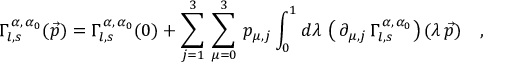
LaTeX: \Gamma _ { l , s } ^ { \, \alpha , \, \alpha _ { 0 } } ( \vec { p } ) = \Gamma _ { l , s } ^ { \, \alpha , \, \alpha _ { 0 } } ( 0 ) + \sum _ { j = 1 } ^ { 3 } \, \sum _ { \mu = 0 } ^ { 3 } \, p _ { \mu , j } \int _ { 0 } ^ { 1 } d \lambda \, \left( \, \partial _ { \mu , j } \, \Gamma _ { l , s } ^ { \, \alpha , \, \alpha _ { 0 } } \right) ( \lambda \, \vec { p } ) \quad ,